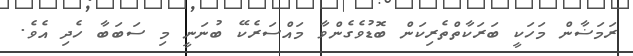
ރަމަޟާން މަހަކީ ބަރަކާތްތެރިކަން ބޮޑުވެގެންވާ މައްސަރެކޭ ބުނަނީ މި ސަބަބާ ހެދި އެވެ.